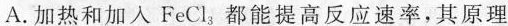
A.加热和加入 FeCl_{3}；都能提高反应速率，其原理